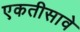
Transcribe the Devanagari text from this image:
एकतीसावे